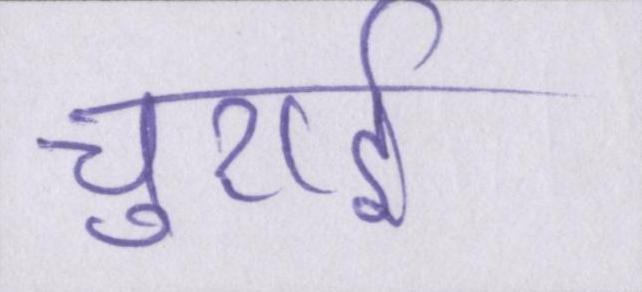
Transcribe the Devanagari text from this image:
चुराई